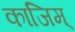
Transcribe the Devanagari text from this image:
काजिम्